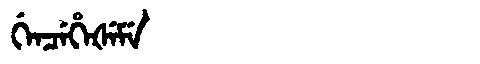
Manchu: ᡤᡝᠨᠴᡝᡥᡝᡧᡝᠮᡝ
Romanization: GENCEHEŠEME